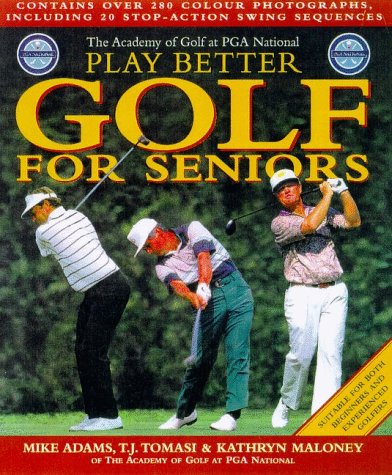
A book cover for Play Better Golf for Seniors; Mike Adams; Health, Fitness & Dieting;